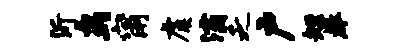
沂鸟甯虞灞乏户短拳